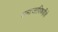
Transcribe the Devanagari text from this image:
समाजाविषयीचे